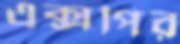
এক্সপির